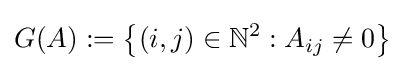
G(A):=\left\lbrace (i,j)\in \mathbb {N} ^{2}:A_{ij}\neq 0\right\rbrace